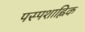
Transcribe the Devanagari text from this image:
पस्पशाह्निक